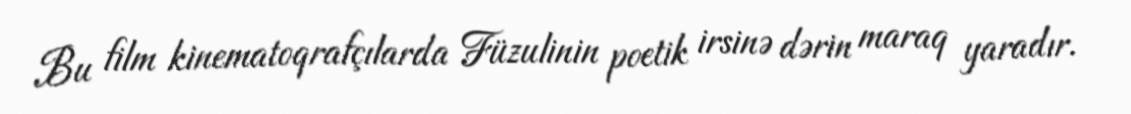
Bu film kinematoqrafçılarda Füzulinin poetik irsinə dərin maraq yaradır.